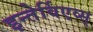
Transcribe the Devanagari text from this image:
इन्तेर्विएव्स्